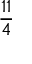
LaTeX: \frac { 1 1 } { 4 }